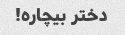
دختر بیچاره!